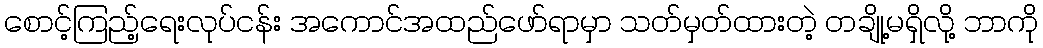
စောင့်ကြည့်ရေးလုပ်ငန်း အကောင်အထည်ဖော်ရာမှာ သတ်မှတ်ထားတဲ့ တချို့မရှိလို့ ဘာကို